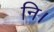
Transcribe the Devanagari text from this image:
नि।